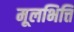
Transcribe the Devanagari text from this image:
मूलभित्ति